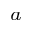
^ { a }